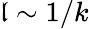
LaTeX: \mathfrak{l}\sim1/k